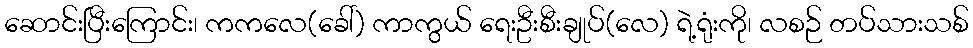
ဆောင်းပြီးကြောင်း၊ ကကလေ(ခေါ်) ကာကွယ် ရေးဦးစီးချုပ်(လေ) ရဲ့ရုံးကို၊ လစဉ် တပ်သားသစ်